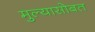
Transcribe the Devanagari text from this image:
मुल्यासोबत